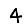
Digit: 4